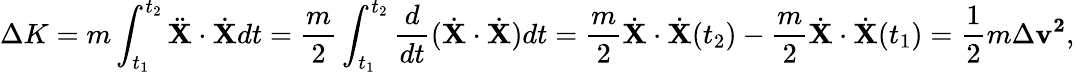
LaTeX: \Delta K=m\int_{t_{1}}^{t_{2}}{\ddot{\mathbf{X}}}\cdot{\dot{\mathbf{X}}}dt={\frac{m}{2}}\int_{t_{1}}^{t_{2}}{\frac{d}{dt}}({\dot{\mathbf{X}}}\cdot{\dot{\mathbf{X}}})dt={\frac{m}{2}}{\dot{\mathbf{X}}}\cdot{\dot{\mathbf{X}}}(t_{2})-{\frac{m}{2}}{\dot{\mathbf{X}}}\cdot{\dot{\mathbf{X}}}(t_{1})={\frac{1}{2}}m\Delta\mathbf{v^{2}},